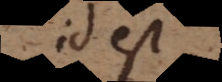
id est